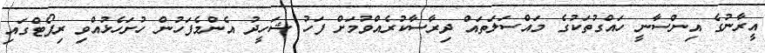
އީރާނުގެ އިންސާނީ ހައްގުތަކުގެ މައްސަލަތައް ދިރާސާކުރެއްވުމަށް ފަހު ޝަހީދު އެންމެފަހުން ހުށަހެޅުއްވި ރިޕޯޓްގައި